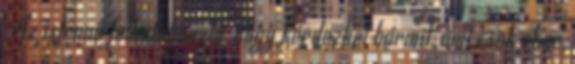
Az istennő felhatalmazta, hogy kérdezhet bármit, ami csak akar,